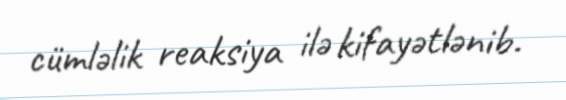
cümləlik reaksiya ilə kifayətlənib.